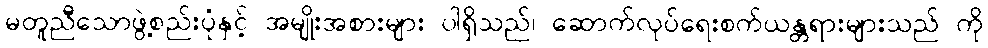
မတူညီသောဖွဲ့စည်းပုံနှင့် အမျိုးအစားများ ပါရှိသည်၊ ဆောက်လုပ်ရေးစက်ယန္တရားများသည် ကို